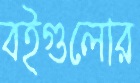
বইগুলোর